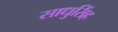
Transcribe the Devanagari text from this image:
साधुसिंह